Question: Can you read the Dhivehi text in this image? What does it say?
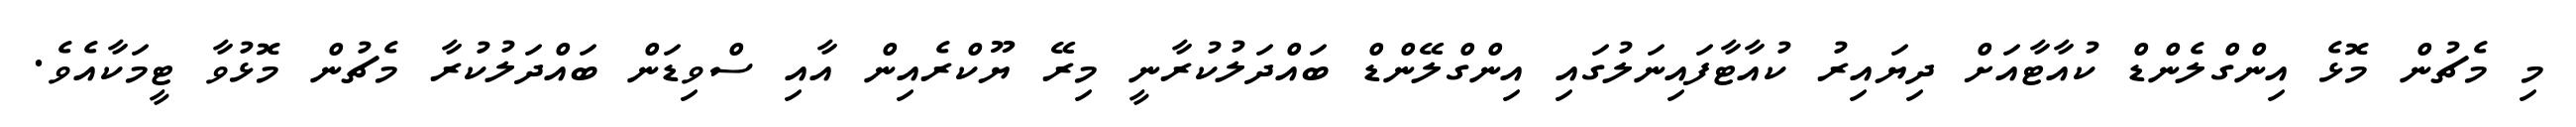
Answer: މި މެޗުން މޮޅެ އިންގްލެންޑް ކުއާޓާއަށް ދިޔައިރު ކުއާޓާފައިނަލުގައި އިންގްލޭންޑް ބައްދަލުކުރާނީ މިރޭ ޔޫކްރެއިން އާއި ސްވިޑަން ބައްދަލުކުރާ މެޗުން މޮޅުވާ ޓީމަކާއެވެ.